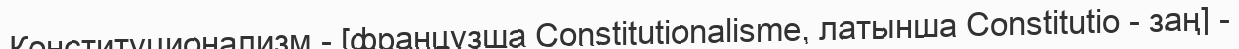
Конституционализм - [французша Constitutionalisme, латынша Constitutio - заң] -